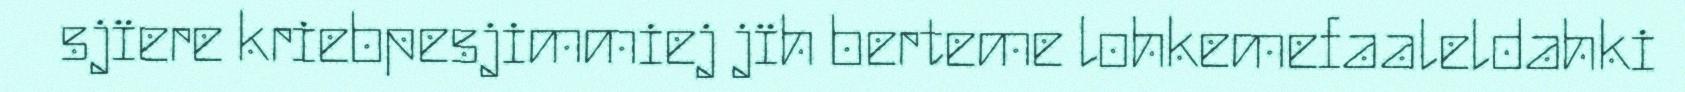
sjïere kriebpesjimmiej jïh berteme lohkemefaaleldahki